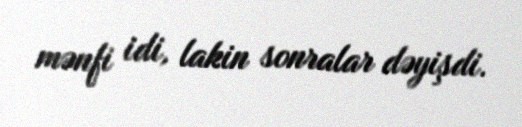
mənfi idi, lakin sonralar dəyişdi.